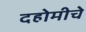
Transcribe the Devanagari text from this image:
दहोमीचे